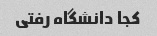
کجا دانشگاه رفتی